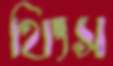
থিংস